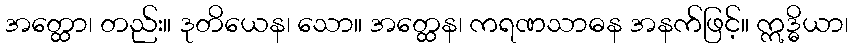
အတ္ထော၊ တည်း။ ဒုတိယေန၊ သော။ အတ္ထေန၊ ကရဏသာဓန အနက်ဖြင့်။ ဣဒ္ဓိယာ၊